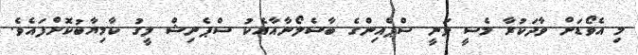
މި އެވޯޑަށް ވާދަކުރާ މެސީ ވަނީ ސްޕެއިންގެ ބާސެލޯނާއާއެކު ސްޕެނިޝް ލީގު ކާމިޔާބުކޮށްފައެވެ.